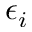
\epsilon _ { i }